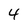
Character: 4